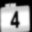
Digit: 4